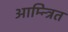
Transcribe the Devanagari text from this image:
आम्न्त्रित